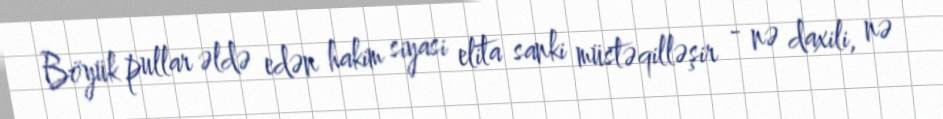
Böyük pullar əldə edən hakim siyasi elita sanki müstəqilləşir - nə daxili, nə